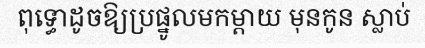
ពុទ្ធោដូចឱ្យប្រផ្នូលមកម្តាយ មុនកូន ស្លាប់